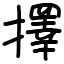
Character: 擇